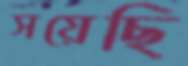
সয়েছি